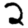
Digit: 2